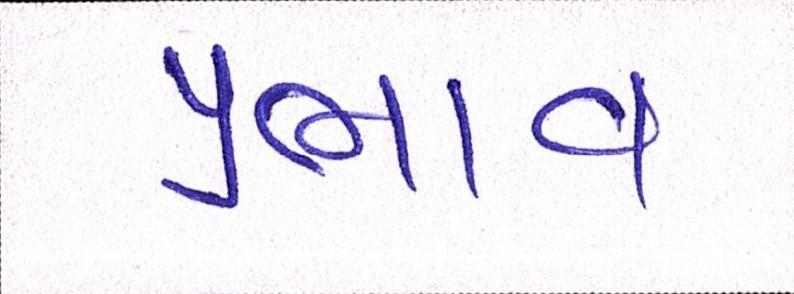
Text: પ્રભાવ